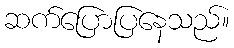
ဆက်ပြောပြနေသည်။